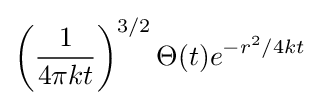
\left({\frac {1}{4\pi kt}}\right)^{3/2}\Theta (t)e^{-r^{2}/4kt}